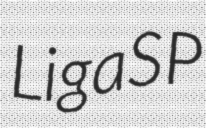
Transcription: LigaSP